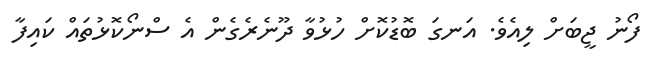
ފޯނު ޖީބަށް ލިއެވެ. އަނގަ ބޮޑުކޮށް ހުޅުވާ ދޫނެރެގެން އެ ސްނޯކޮޅުތައް ކައިފާ